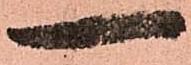
一